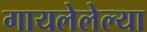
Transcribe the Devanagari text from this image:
गायलेलेल्या